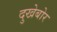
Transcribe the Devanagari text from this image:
दुखेबोर